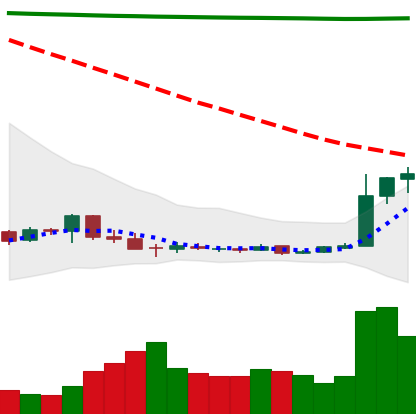
Ticker: DOGE-USD
Chart end date: 2018-12-19
Forward return: -6.618%
Label: down_5_7